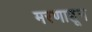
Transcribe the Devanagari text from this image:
मरणाहून